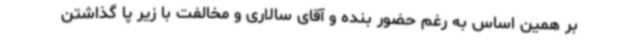
بر همین اساس به رغم حضور بنده و آقای سالاری و مخالفت با زیر پا گذاشتن